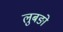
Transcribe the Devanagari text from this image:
लुबङो